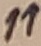
Text: 11